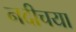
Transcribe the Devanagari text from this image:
नदीचया